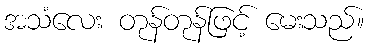
အသံလေး တုန်တုန်ဖြင့် မေးသည်။